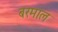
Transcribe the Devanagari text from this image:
बरमाल